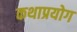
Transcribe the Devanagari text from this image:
कथाप्रयोग